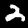
Label: 2